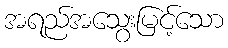
အရည်အသွေးမြင့်သော